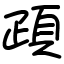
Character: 頙